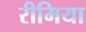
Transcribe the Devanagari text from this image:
रीमिया